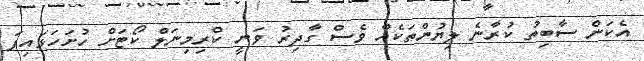
އެކަން ސާބިތު ކުރާނެ ލިޔުންތަކެއް ވެސް ގާދިރު ވަނީ ކްރިމިނަލް ކޯޓަށް ހުށަހަޅައިފަ